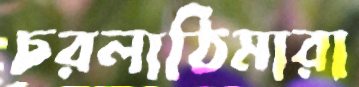
চরলাঠিমারা